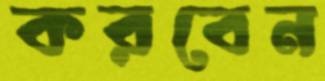
করবেন